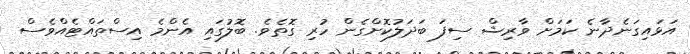
އަޅައިގަނެދާނެ ކަމަށް ވާރިޝް ސިފަ ބަދަލުކޮށްގެން ހުރި ގޮތެވެ. ބޮލުގައި އެންމެ އިސްތައްޓެއްވެސް